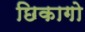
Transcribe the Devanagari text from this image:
छिकागो